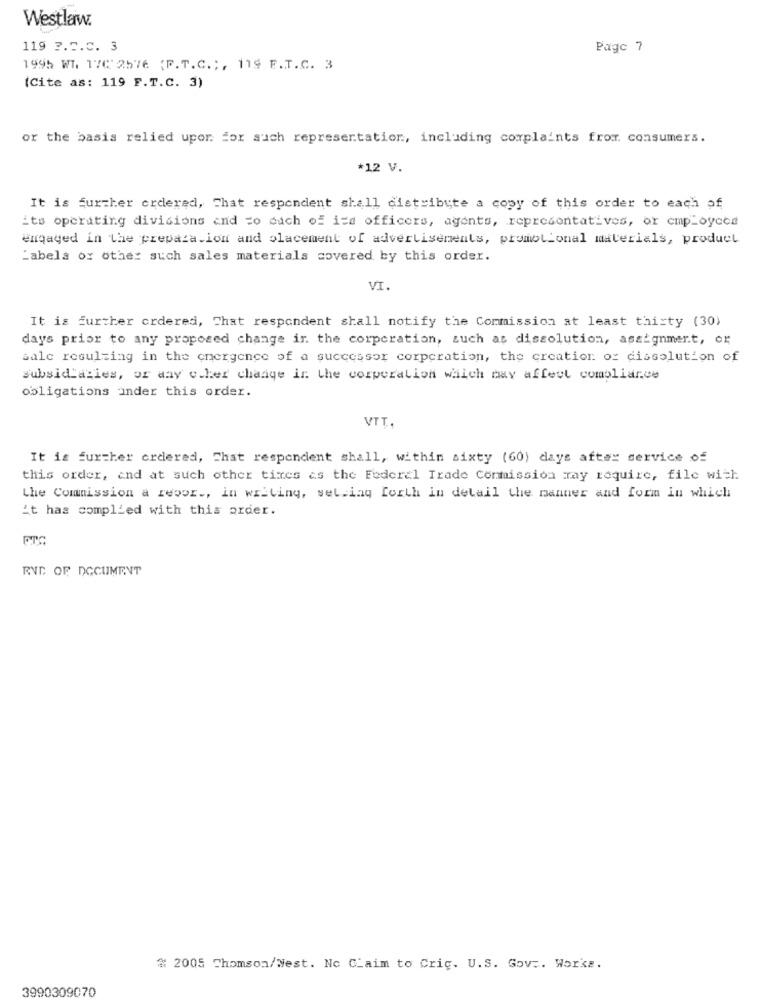
Westlaw.
119 ?. 5.C. 3
Page 7
1995 WI. 17C'2576 {F.T.C .;, 119 F.T.C. 3
(Cite as: 119 F.T.C. 3)
or the basis relied upon for such representation, including complaints from. consumers.
*12 V.
It is Further ordered, That respondent shall distribute a copy of this order to each of
its operating divisions and to duch of its officers, agents, representatives, or cmpLoycca
engaged in the preparation and placement of advertisements, promotional materials, product
Labels or other such sales materials covered by this order.
VI.
It is further ordered, That respondent shall notify the Commission at least thisty (30)
days prior to any proposed change in the corporation, such as dissolution, assignment, or
sale resulting in the emergence of a successor corporation, the creation of dissolution of
subsidiaries, or any c.her change in the corporation which may affect compliance
obligations under this order.
VTT.
It is further ordered, Chat respondent shall, within sixty (60) days after service of
this order, and at such other times as the Federal Trade Commission may require, file with
the Commission a reour ., in writing, sel iny forth in detail the manner and form in which
it has complied with this order.
RVC OF DOCUMENT
# 2005 Thomson/Nest. No Claim to Cric. U.S. Gov .. Works.
3990309070